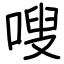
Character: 嗖